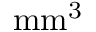
\mathrm { m m ^ { 3 } }